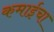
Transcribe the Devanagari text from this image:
कमाईचा